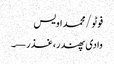
فوٹو/محمد اویس
وادی پھندر، غذر—۔